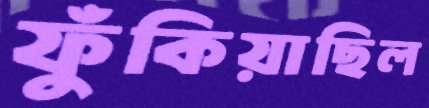
ফুঁকিয়াছিল